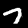
Label: 7